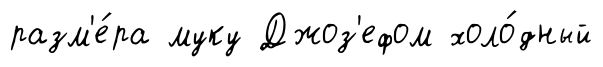
разм'е́ра муку Джоз'ефом холо́дный